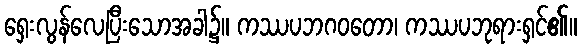
ရှေးလွန်လေပြီးသောအခါ၌။ ကဿပဘဂဝတော၊ ကဿပဘုရားရှင်၏။